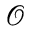
\mathcal { O }